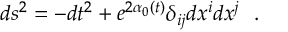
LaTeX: d s ^ { 2 } = - d t ^ { 2 } + e ^ { 2 \alpha _ { 0 } ( t ) } \delta _ { i j } d x ^ { i } d x ^ { j } \ \ .